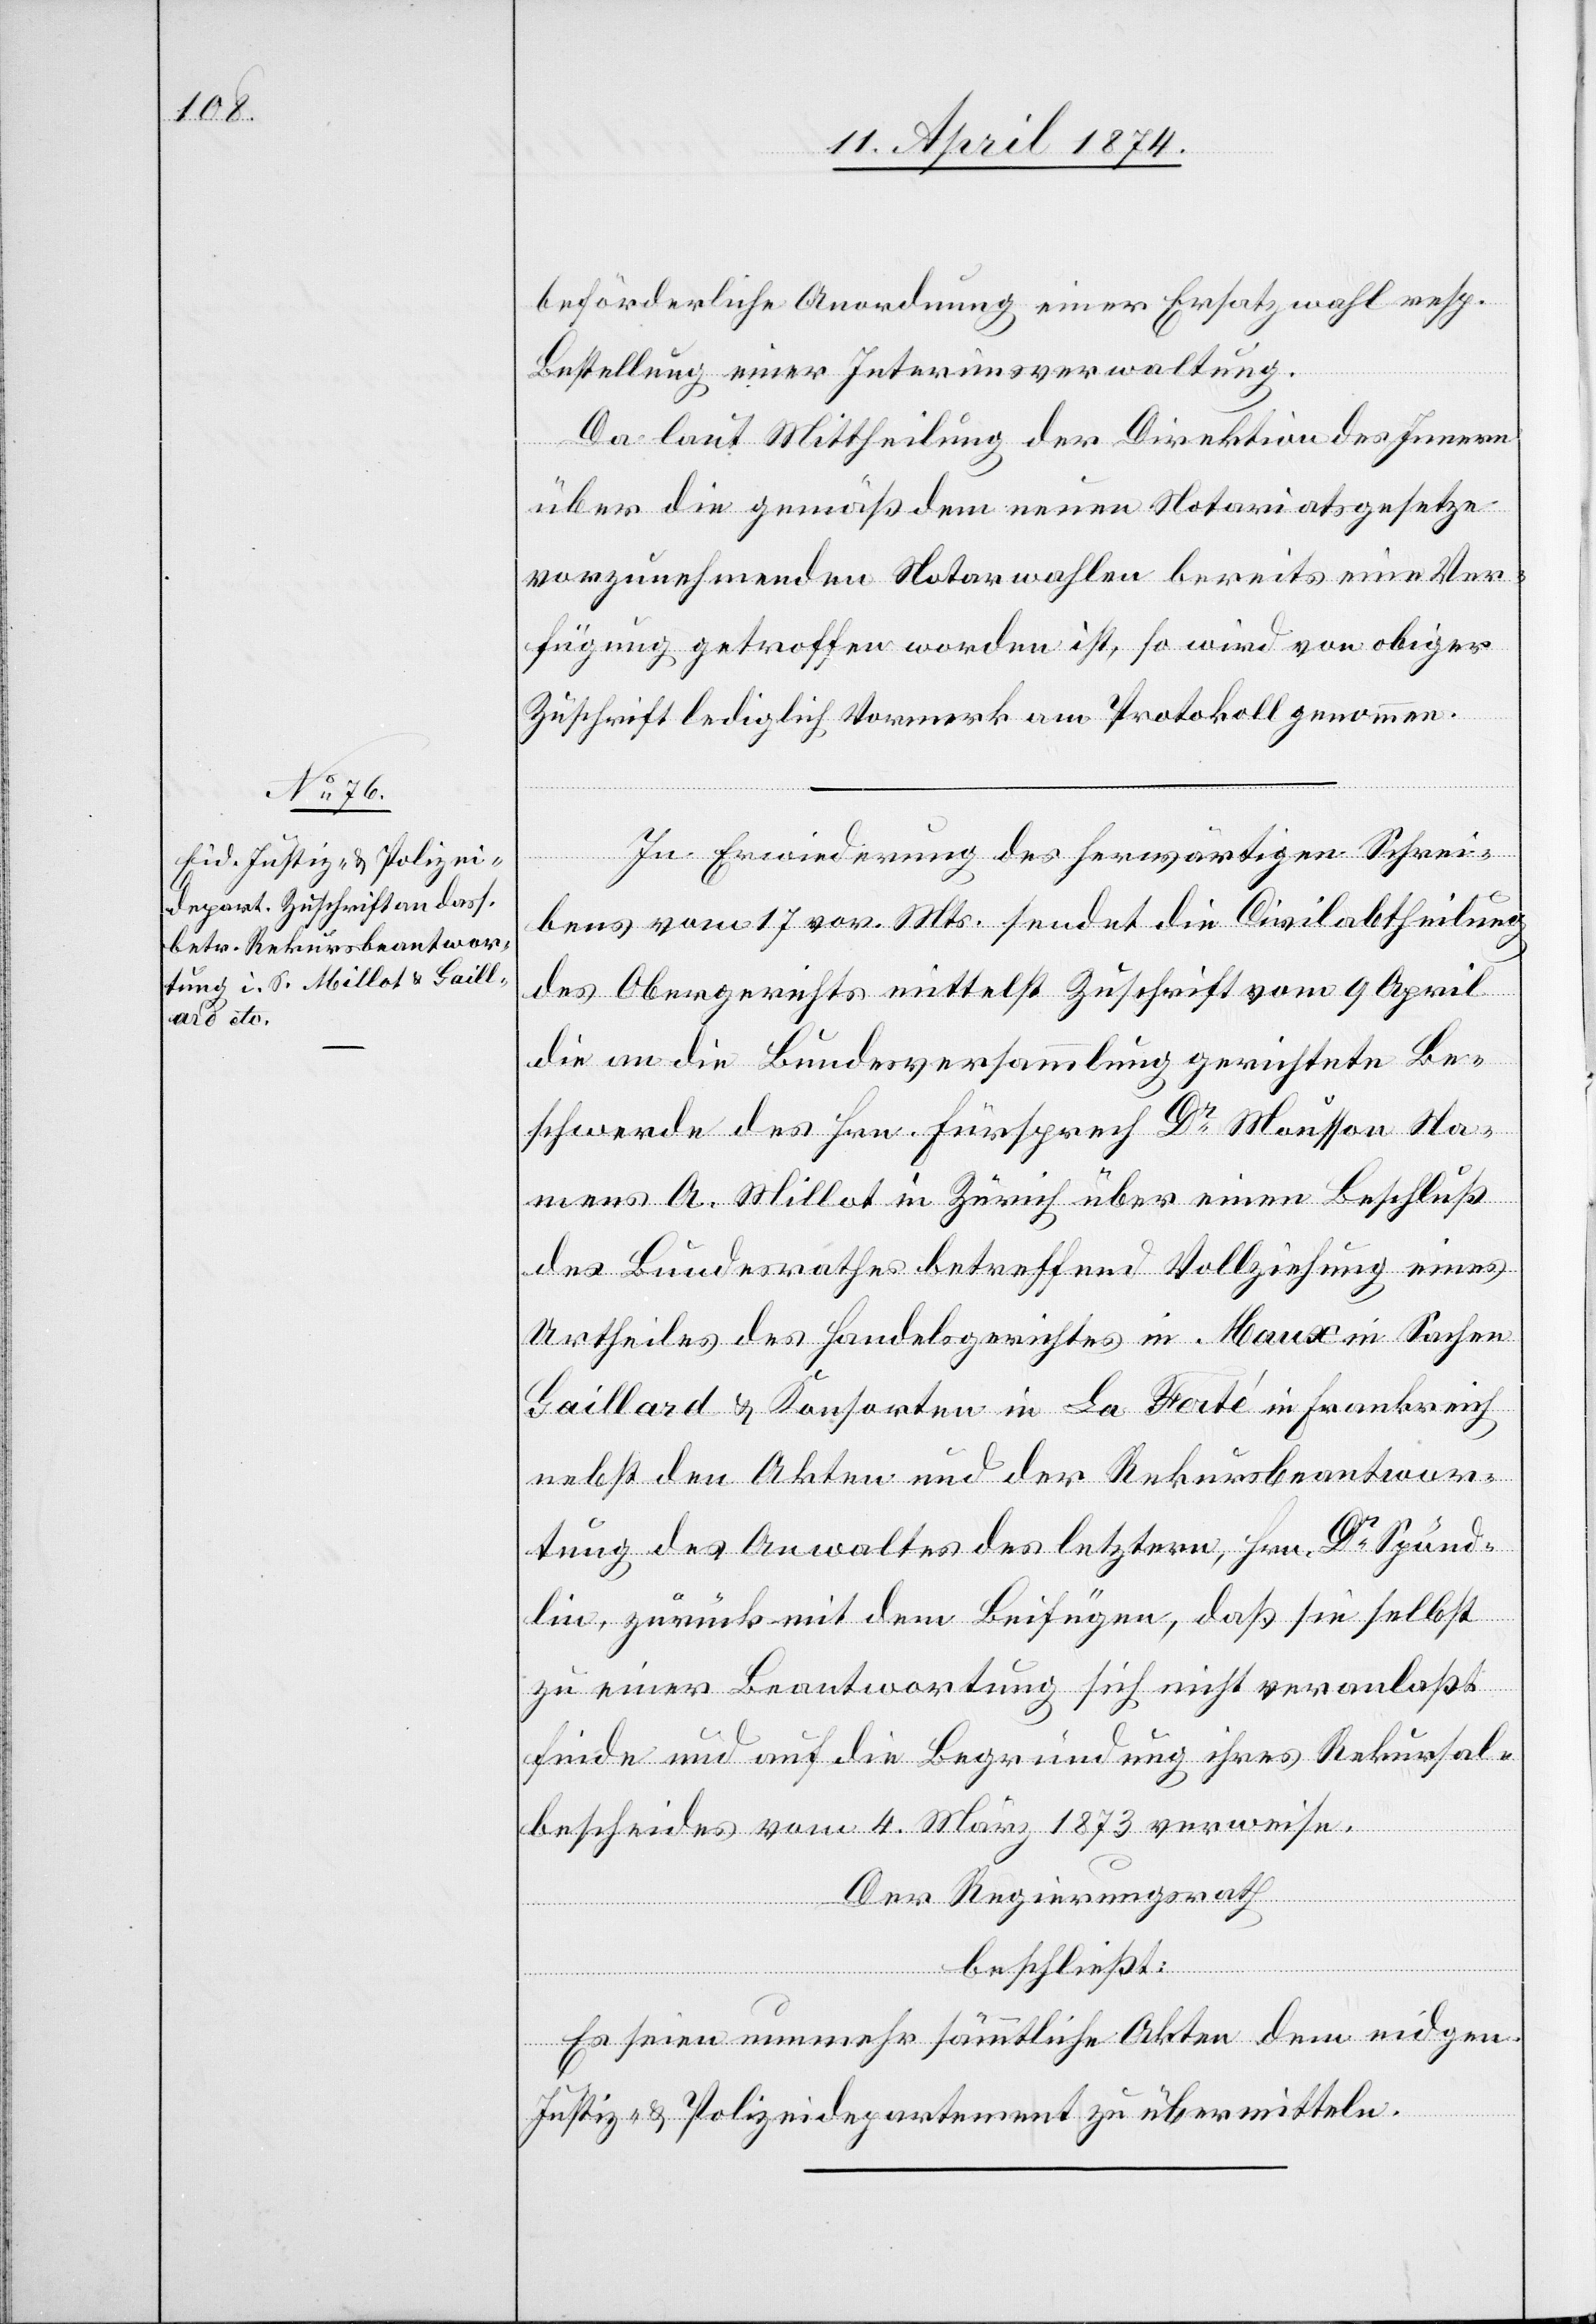
beförderliche Anordnung einer Ersatzwahl resp.
Bestellung einer Interimsverwaltung.
Da laut Mittheilung der Direktion des Innern
über die gemäß dem neuen Notariatsgesetze
vorzunehmenden Notarwahlen bereits eine Ver¬
fügung getroffen worden ist, so wird von obiger
Zuschrift lediglich Vormerk am Protokoll genommen.
In Erwiederung des herwärtigen Schrei¬
bens vom 17. vor. Mts. sendet die Civilabtheilung
des Obergerichts mittelst Zuschrift vom 9. April
die an die Bundesversammlung gerichtete Be¬
schwerde des Hrn. Fürsprech Dr Mousson Na¬
mens A. Millot in Zürich über einen Beschluß
des Bundesrathes betreffend Vollziehung eines
Urtheils des Handelsgerichtes in Maux in Sachen
Gaillard. u. Konsorten in La Ferté in Frankreich
nebst den Akten und der Rekursbeantwor¬
tung des Anwaltes des letztern, Hrn. Dr Spönd¬
lin, zurück mit dem Beifügen, daß sie selbst
zu einer Beantwortung sich nicht veranlaßt
finde und auf die Begründung ihres Rekursal¬
bescheides vom 4. März 1873 verweise.
Der Regierungsrath
beschließt:
Es seien nunmehr sämmtliche Akten dem eidgen.
Justiz- u. Polizeidepartement zu übermitteln.